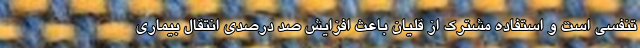
تنفسی است و استفاده مشترک از قلیان باعث افزایش صد درصدی انتقال بیماری